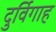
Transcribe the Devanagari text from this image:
दुर्विगाह